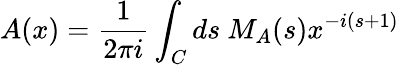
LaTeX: A(x)={\frac{1}{2\pi i}}\int_{C}ds~M_{A}(s)x^{-i(s+1)}